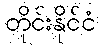
တိုင်းနိုင်ငံ